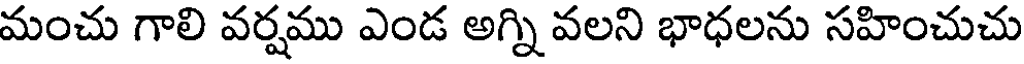
మంచు గాలి వర్షము ఎండ అగ్ని వలని భాధలను సహించుచు